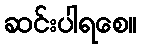
ဆင်းပါရစေ။